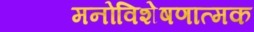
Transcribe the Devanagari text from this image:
मनोविशेषणात्मक